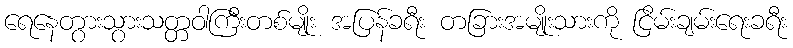
ရေနေတွားသွားသတ္တဝါကြီးတစ်မျိုး အပြန်ခရီး တခြားအမျိုးသားကို ငြိမ်းချမ်းရေးခရီး